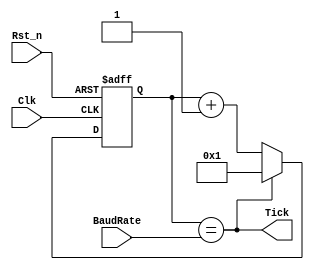
/*Imagine that the baud rate you want to work with is 9600. The clock of my
FPGA is 50MHz. If we want the "TICKS" to ahev 16 times the frequency of the UART signal
we need a frequency 16 times the 9600Hz. 
The width of the UART signal is 1/9600 equal to 104us. The width of the main clock is 1/50Mhz equal to 20ns
How many 20ns pulses we need to cont to get to 104us/16??? Well (104000ns/16)/ 20ns = 325 pulses (
That's why in the top we set baud rate to 325)
*/
module UART_BaudRate_generator(
    Clk                   ,
    Rst_n                 ,
    Tick                  ,
    BaudRate
    );

input           Clk                 ; // Clock input
input           Rst_n               ; // Reset input
input [15:0]    BaudRate            ; // Value to divide the generator by
output          Tick                ; // Each "BaudRate" pulses we create a tick pulse
reg [15:0]      baudRateReg         ; // Register used to count


always @(posedge Clk or negedge Rst_n)
    if (!Rst_n) baudRateReg <= 16'b1;
    else if (Tick) baudRateReg <= 16'b1;
         else baudRateReg <= baudRateReg + 1'b1;
assign Tick = (baudRateReg == BaudRate);
endmodule